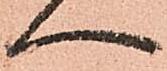
へ